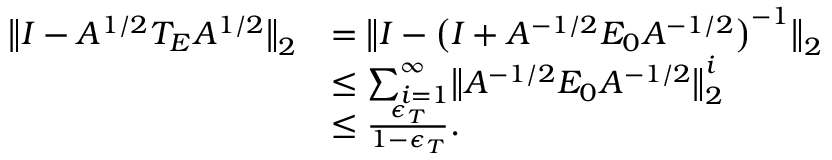
\begin{array} { r l } { \bigl \lVert I - A ^ { 1 / 2 } T _ { E } A ^ { 1 / 2 } \bigr \rVert _ { 2 } } & { = \bigl \lVert I - \bigl ( I + A ^ { - 1 / 2 } E _ { 0 } A ^ { - 1 / 2 } \bigr ) ^ { - 1 } \bigr \rVert _ { 2 } } \\ & { \leq \sum _ { i = 1 } ^ { \infty } \bigl \lVert A ^ { - 1 / 2 } E _ { 0 } A ^ { - 1 / 2 } \bigr \rVert _ { 2 } ^ { i } } \\ & { \leq \frac { \epsilon _ { T } } { 1 - \epsilon _ { T } } . } \end{array}